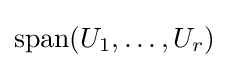
\mathop {\mathrm {span} } (U_{1},\ldots ,U_{r})